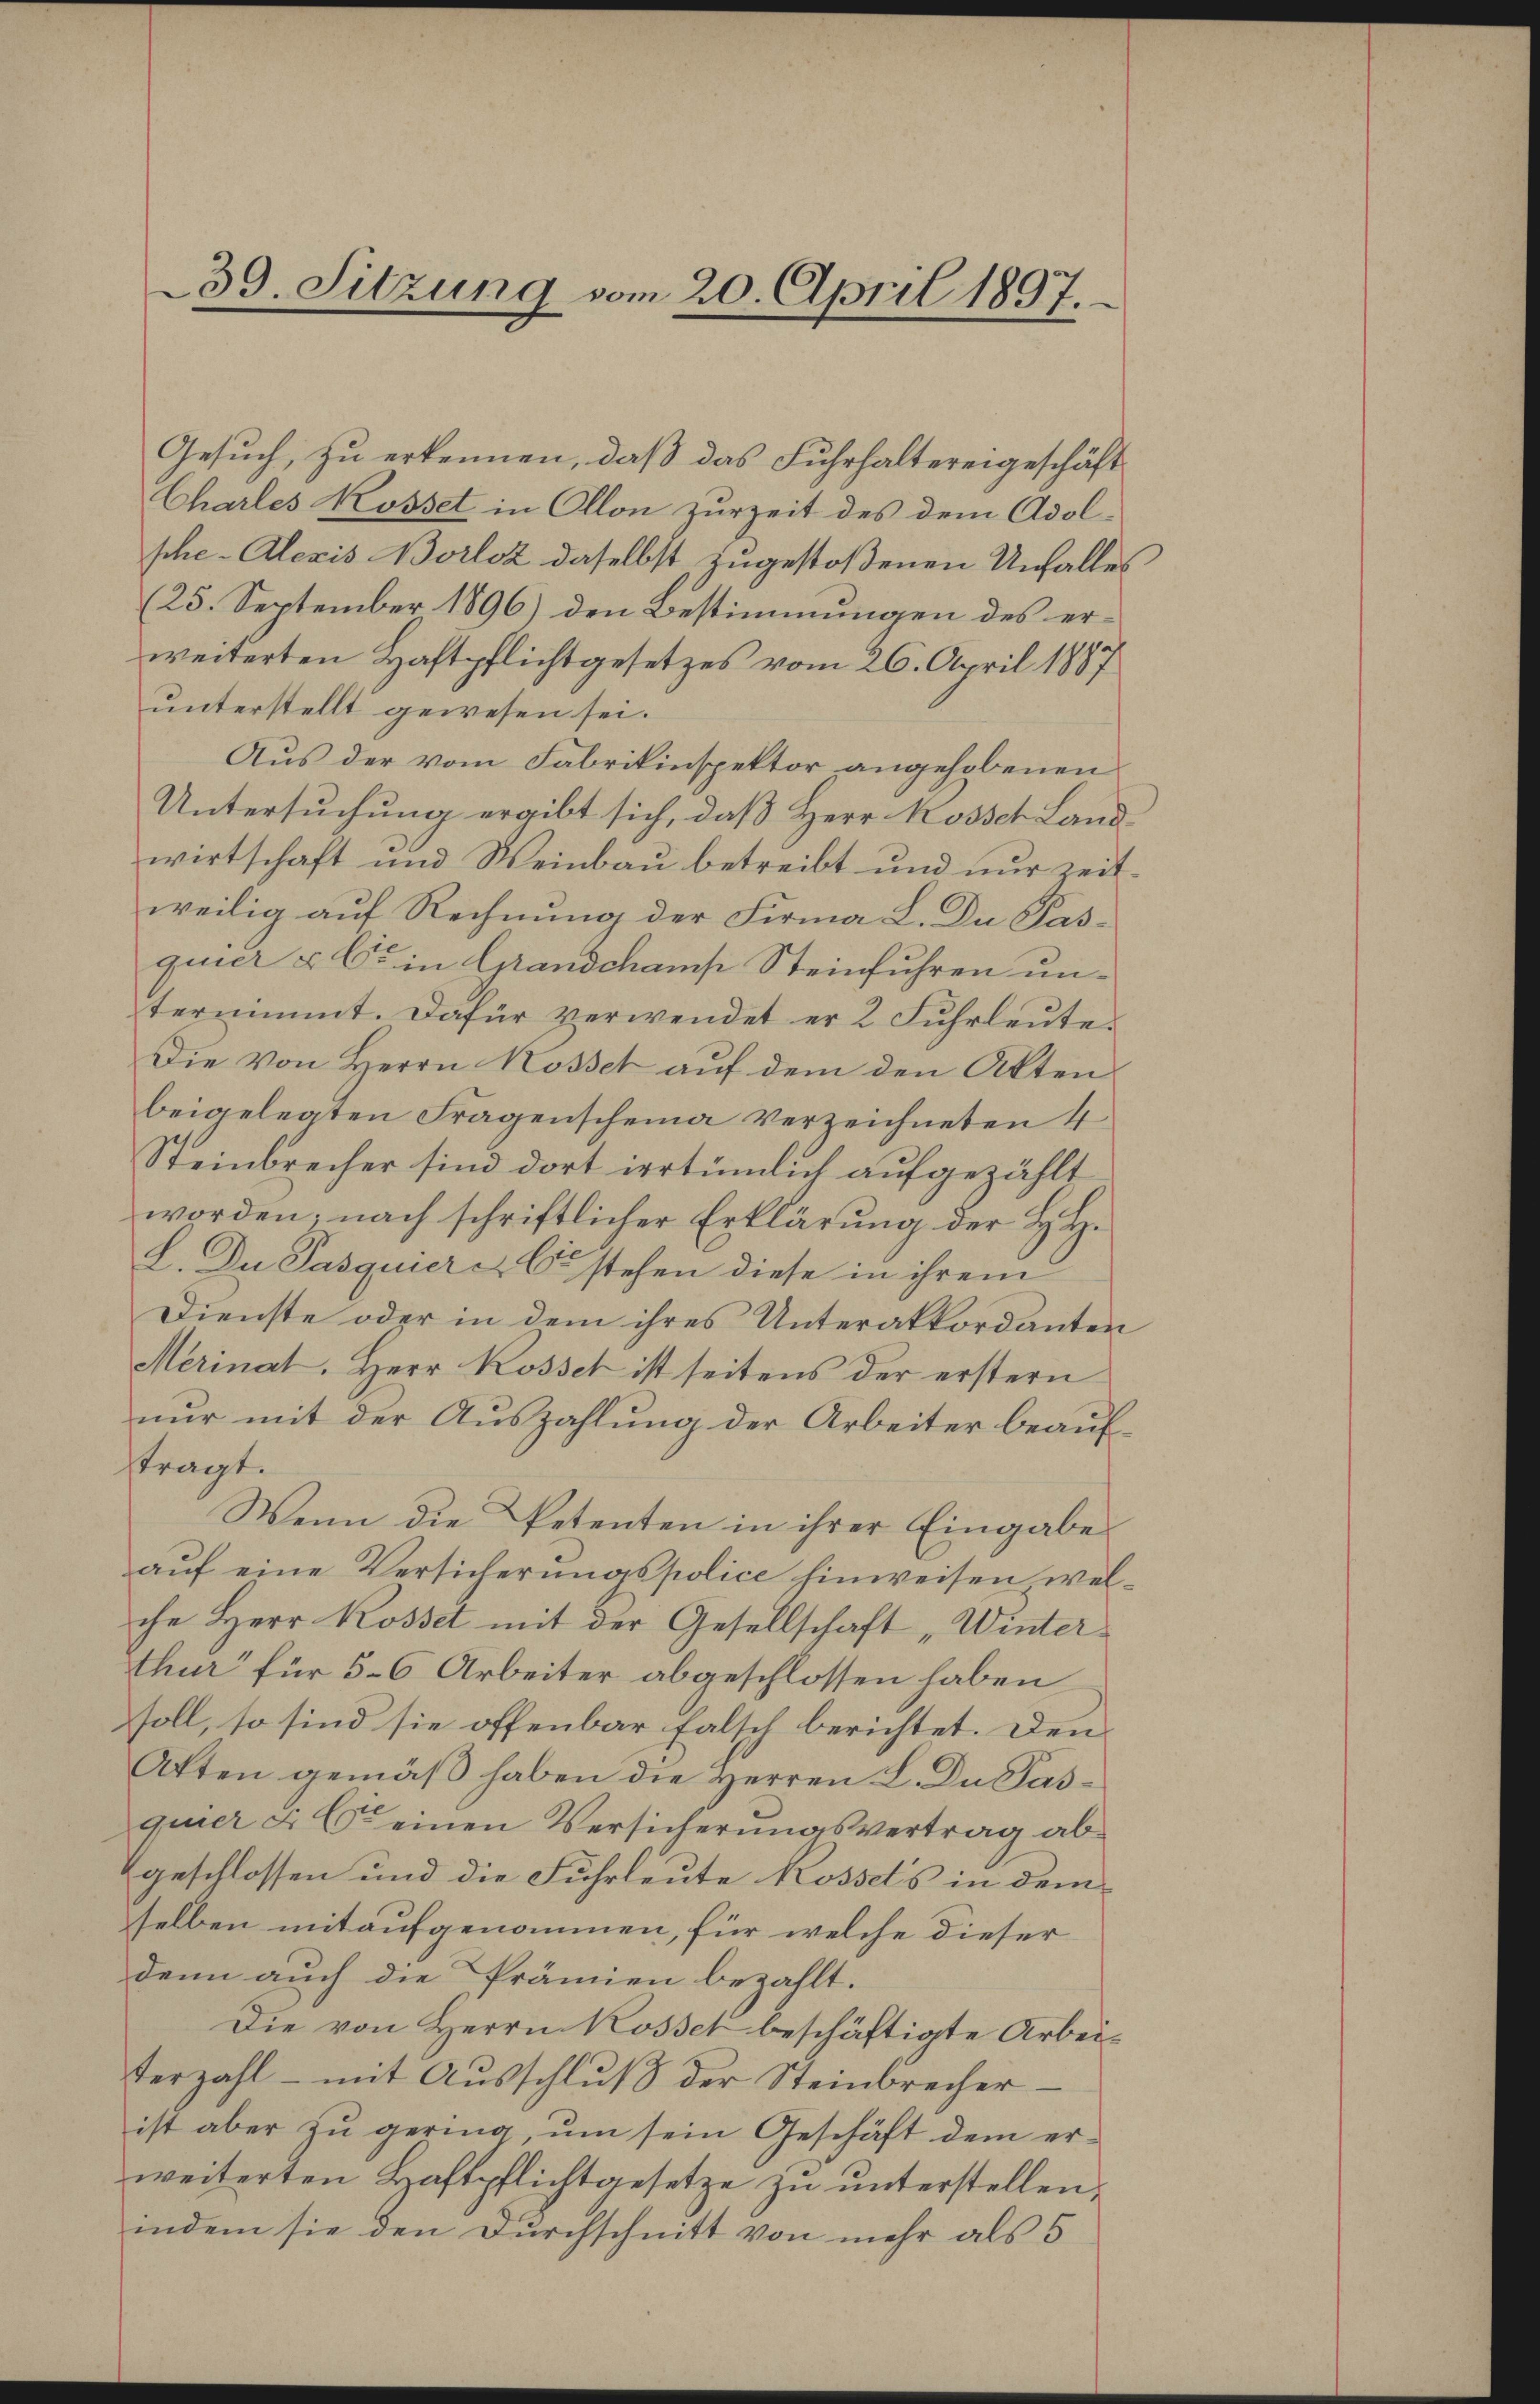
39. Sitzung vom 20. April 1897.

Gesuch, zu erkennen, daß das Fuhrhaltereigeschäft
Charles Rosset in Ollon zurzeit des dem Adolsche - Alexis Borloz daselbst zugestoßenen Unfalles
(25. September 1896) den Bestimmungen des erweiterten Haftpflichtgesetzes vom 26. April 1887
unterstellt gewesen sei.
Aus der vom Fabrikinspektor angehobenen
Untersuchung ergibt sich, daß Herr Rosses Landwirtschaft und Weinbau betreibt und nur zeitweilig auf Rechnung der Firma L. Du Pas-
quier & Cie in Grandchamp Steinführen unternimmt. Dafür verwendet er 2 Fŭhrleŭte.
Die von Herrn Kosset auf dem den Aktenbeigelegten Fragenscheina verzeichneten 4
Steinbrecher sind dort irrtümlich aufgezählt
worden; nach schriftlicher Erklärung der H. H.
L. Du Pasquiere Er stehen diese in ihrem
Dienste oder in dem ihres Unterakkordanten
Merinat. Herr Kosset ist seitens der erstern
nur mit der Auszahlung der Arbeiter beauftragt.
Wenn die Petenten in ihrer Eingabe
aŭf eine Versicherungspolice hinweisen, welche Herr Rosset mit der Gesellschaft „Winter
thur für 5-6 Arbeiter abgeschlossen haben
soll, so sind sie offenbar falsch berichtet. Den
Akten gemäß haben die Herren L. Du Pasquier u. So einen Versicherungsvertrag abgeschlossen und die Fuhrleute Kossdt’s in dem
selben mit aufgenommen, für welche dieser
denn auch die Prämien bezahlt.
Die von Herrn Kossel beschäftigte Arbeiterzahl – mit Ausschluß der Steinbrecher.
ist aber zu gering, um sein Geschäft dem erweiterten Haftpflichtgesetze zu unterstellen,
indem sie den Durchschnitt von mehr als 5